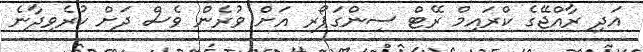
އަދި ރާއްޖޭގެ ކްރައިމް ރޭޓް ސިންގަޕޯރ އަށް ވުރެން ވެސް ދަށް ކުރެވިދާނެ